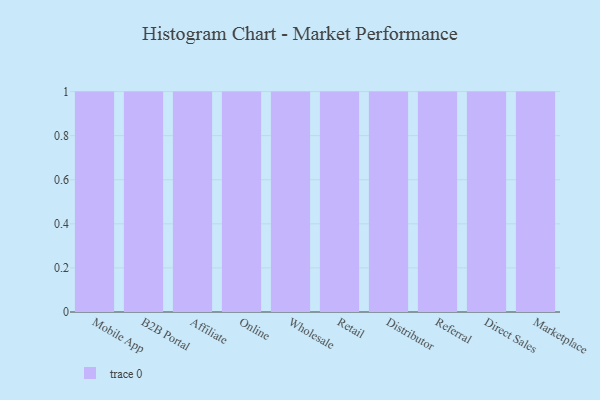
{"axis": {"x": "Channel", "y": "Budget (USD K)"}, "legend": [""], "data": [{"x": "Mobile App", "y": 3, "type": ""}, {"x": "B2B Portal", "y": 20, "type": ""}, {"x": "Affiliate", "y": 20, "type": ""}, {"x": "Online", "y": 29, "type": ""}, {"x": "Wholesale", "y": 70, "type": ""}, {"x": "Retail", "y": 46, "type": ""}, {"x": "Distributor", "y": 42, "type": ""}, {"x": "Referral", "y": 20, "type": ""}, {"x": "Direct Sales", "y": 49, "type": ""}, {"x": "Marketplace", "y": 4, "type": ""}]}